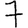
Digit: 7